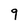
Character: 9